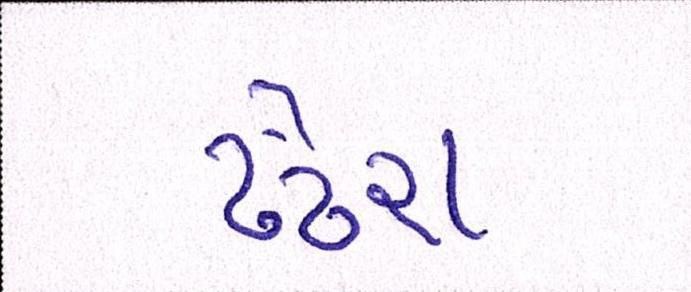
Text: ઢંઢેરા